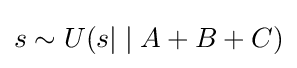
s\sim U(s|\mid A+B+C)